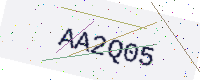
Text: AA2Q05